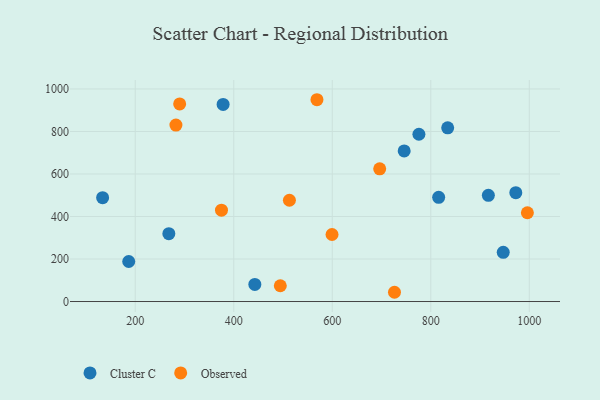
{"axis": {"x": "Ad Spend", "y": "Profit"}, "legend": ["Cluster C", "Observed"], "data": [{"x": "268.2", "y": 319.0, "type": "Cluster C"}, {"x": "746.0", "y": 708.7, "type": "Cluster C"}, {"x": "378.4", "y": 927.5, "type": "Cluster C"}, {"x": "816.0", "y": 490.2, "type": "Cluster C"}, {"x": "916.9", "y": 499.5, "type": "Cluster C"}, {"x": "186.8", "y": 188.3, "type": "Cluster C"}, {"x": "947.1", "y": 231.4, "type": "Cluster C"}, {"x": "775.9", "y": 787.0, "type": "Cluster C"}, {"x": "133.8", "y": 488.8, "type": "Cluster C"}, {"x": "442.8", "y": 80.5, "type": "Cluster C"}, {"x": "834.3", "y": 817.3, "type": "Cluster C"}, {"x": "972.6", "y": 512.2, "type": "Cluster C"}, {"x": "726.3", "y": 43.5, "type": "Observed"}, {"x": "568.9", "y": 949.4, "type": "Observed"}, {"x": "513.0", "y": 476.5, "type": "Observed"}, {"x": "494.5", "y": 74.2, "type": "Observed"}, {"x": "290.2", "y": 929.7, "type": "Observed"}, {"x": "282.6", "y": 830.1, "type": "Observed"}, {"x": "696.3", "y": 624.5, "type": "Observed"}, {"x": "599.5", "y": 315.3, "type": "Observed"}, {"x": "375.1", "y": 429.7, "type": "Observed"}, {"x": "996.1", "y": 417.7, "type": "Observed"}]}